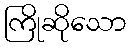
ကြိုဆိုသော